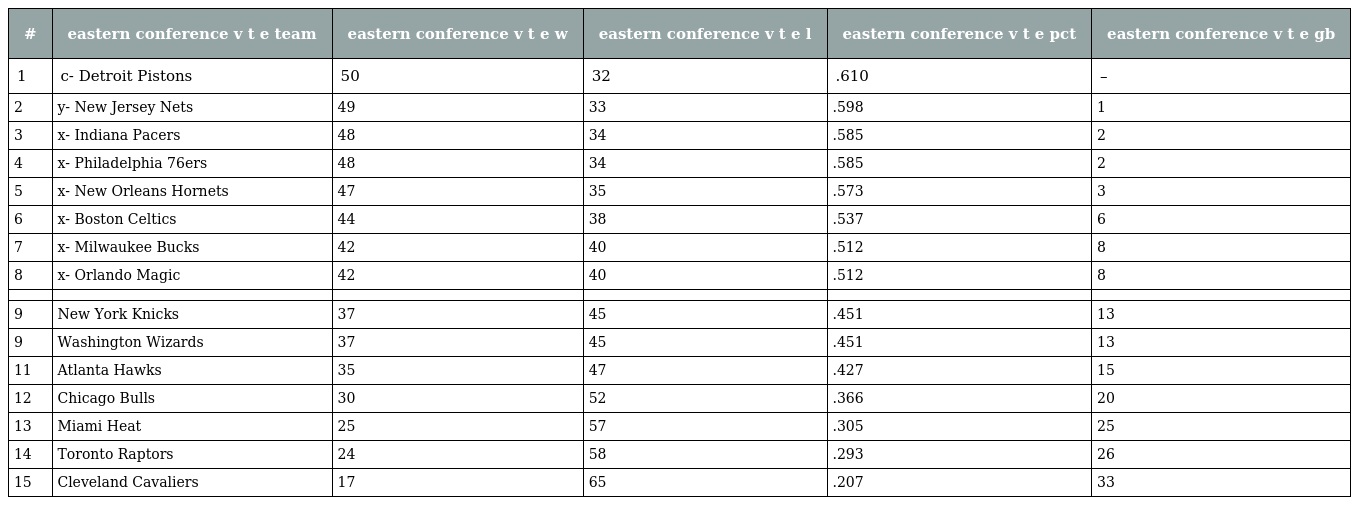
| # | eastern conference v t e team | eastern conference v t e w | eastern conference v t e l | eastern conference v t e pct | eastern conference v t e gb |
 | --- | --- | --- | --- | --- | --- |
 | 1 | c- Detroit Pistons | 50 | 32 | .610 | – |
 | 2 | y- New Jersey Nets | 49 | 33 | .598 | 1 |
 | 3 | x- Indiana Pacers | 48 | 34 | .585 | 2 |
 | 4 | x- Philadelphia 76ers | 48 | 34 | .585 | 2 |
 | 5 | x- New Orleans Hornets | 47 | 35 | .573 | 3 |
 | 6 | x- Boston Celtics | 44 | 38 | .537 | 6 |
 | 7 | x- Milwaukee Bucks | 42 | 40 | .512 | 8 |
 | 8 | x- Orlando Magic | 42 | 40 | .512 | 8 |
 |  |  |  |  |  |  |
 | 9 | New York Knicks | 37 | 45 | .451 | 13 |
 | 9 | Washington Wizards | 37 | 45 | .451 | 13 |
 | 11 | Atlanta Hawks | 35 | 47 | .427 | 15 |
 | 12 | Chicago Bulls | 30 | 52 | .366 | 20 |
 | 13 | Miami Heat | 25 | 57 | .305 | 25 |
 | 14 | Toronto Raptors | 24 | 58 | .293 | 26 |
 | 15 | Cleveland Cavaliers | 17 | 65 | .207 | 33 |